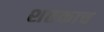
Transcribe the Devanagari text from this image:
शतकाच